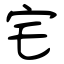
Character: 宅